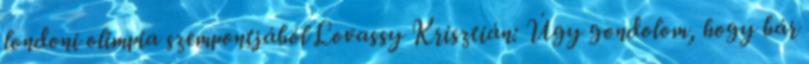
londoni olimpia szempontjából Lovassy Krisztián: Úgy gondolom, hogy bár